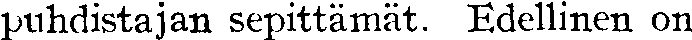
puhdistajan sepittämät. Edellinen on